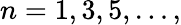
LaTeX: n=1,3,5,\dots,